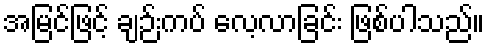
အမြင်ဖြင့် ချဉ်းကပ် လေ့လာခြင်း ဖြစ်ပါသည်။